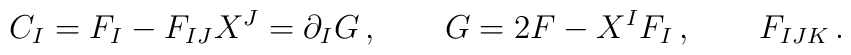
C_I=F_I-F_{IJ}X^J=\partial_IG\,, \qquad G=2F-X^IF_I\, ,\qquad F_{IJK} \,.